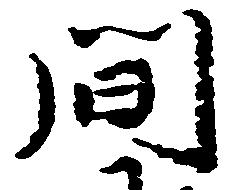
間